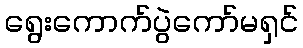
ရွေးကောက်ပွဲကော်မရှင်